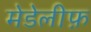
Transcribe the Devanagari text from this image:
मेडेलीफ़